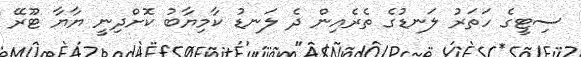
ސިޓީގެ ހަތަރު ލަނޑުގެ ތެރެއިން ދެ ލަނޑު ކާމިޔާބު ކޮށްދިނީ ޔާޔާ ޓޫރޭ